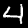
Label: 4